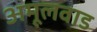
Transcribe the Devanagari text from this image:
अमूलवाड